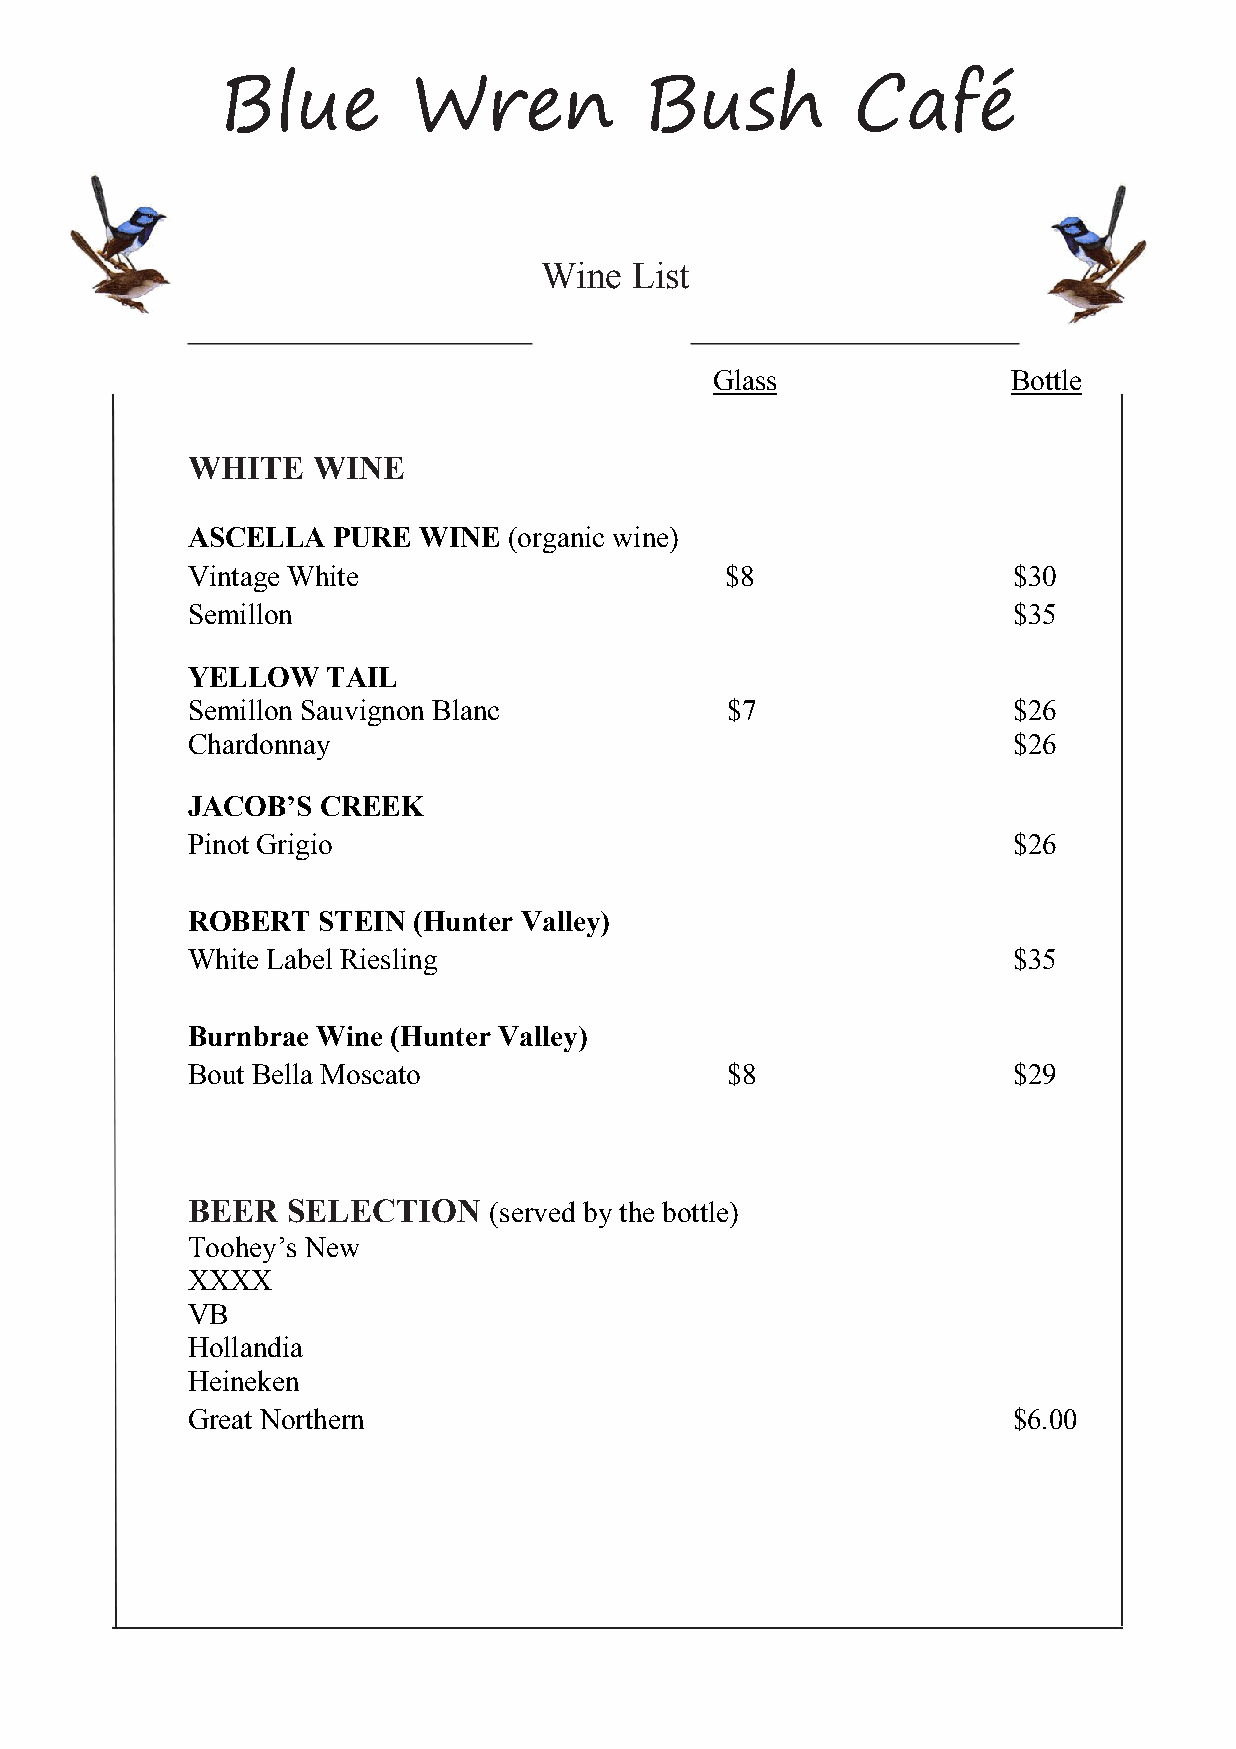
Blue        Wren            Bush         Café
 Wine  List
 Glass               Bottle
 WHITE    WINE
 ASCELLA   PURE  WINE  (organic wine)
 Vintage White                       $8                 $30
 Semillon                                               $35
 YELLOW    TAIL
 Semillon Sauvignon Blanc            $7                 $26
 Chardonnay                                             $26
 JACOB’S  CREEK
 Pinot Grigio                                           $26
 ROBERT   STEIN (Hunter Valley)
 White Label Riesling                                   $35
 Burnbrae Wine (Hunter Valley)
 Bout Bella Moscato                  $8                 $29
 BEER   SELECTION    (served by the bottle)
 Toohey’s New
 XXXX
 VB
 Hollandia
 Heineken
 Great Northern                                         $6.00